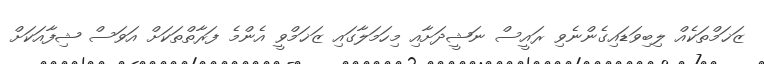
ޒަޚަމްތަކެއް ލިބިވަޑައިގެންނެވި ރައީސް ނަޝީދަށާއި މިހަމަލާގައި ޒަޚަމްވީ އެންމެ ފަރާތްތަކަށް އަވަސް ޝިފާއަކަށް